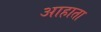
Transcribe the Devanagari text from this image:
आहाता